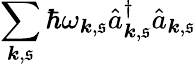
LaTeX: \sum_{{\boldsymbol{k}},\mathfrak{s}}\hbar\omega_{{\boldsymbol{k}},\mathfrak{s}}\hat{{a}}_{{\boldsymbol{k}},\mathfrak{s}}^{\dagger}\hat{{a}}_{{\boldsymbol{k}},\mathfrak{s}}